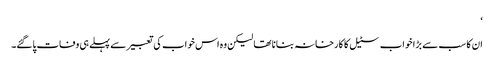
‘
ان کا سب سے بڑا خواب سٹیل کا کارخانہ بنانا تھا لیکن وہ اس خواب کی تعبیر سے پہلے ہی وفات پاگئے۔